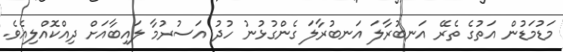
މަޑުމަޑުން އަތުގެ ތެރޭ އަނބުރާލަ އަނބުރާލަ ގެންގުޅުނު ހުދު އަސުރުމާ ލައިބާއަށް ދިއްކޮއްލިއެވެ.